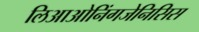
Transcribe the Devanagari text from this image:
लिआओनिंगजेनिसिस